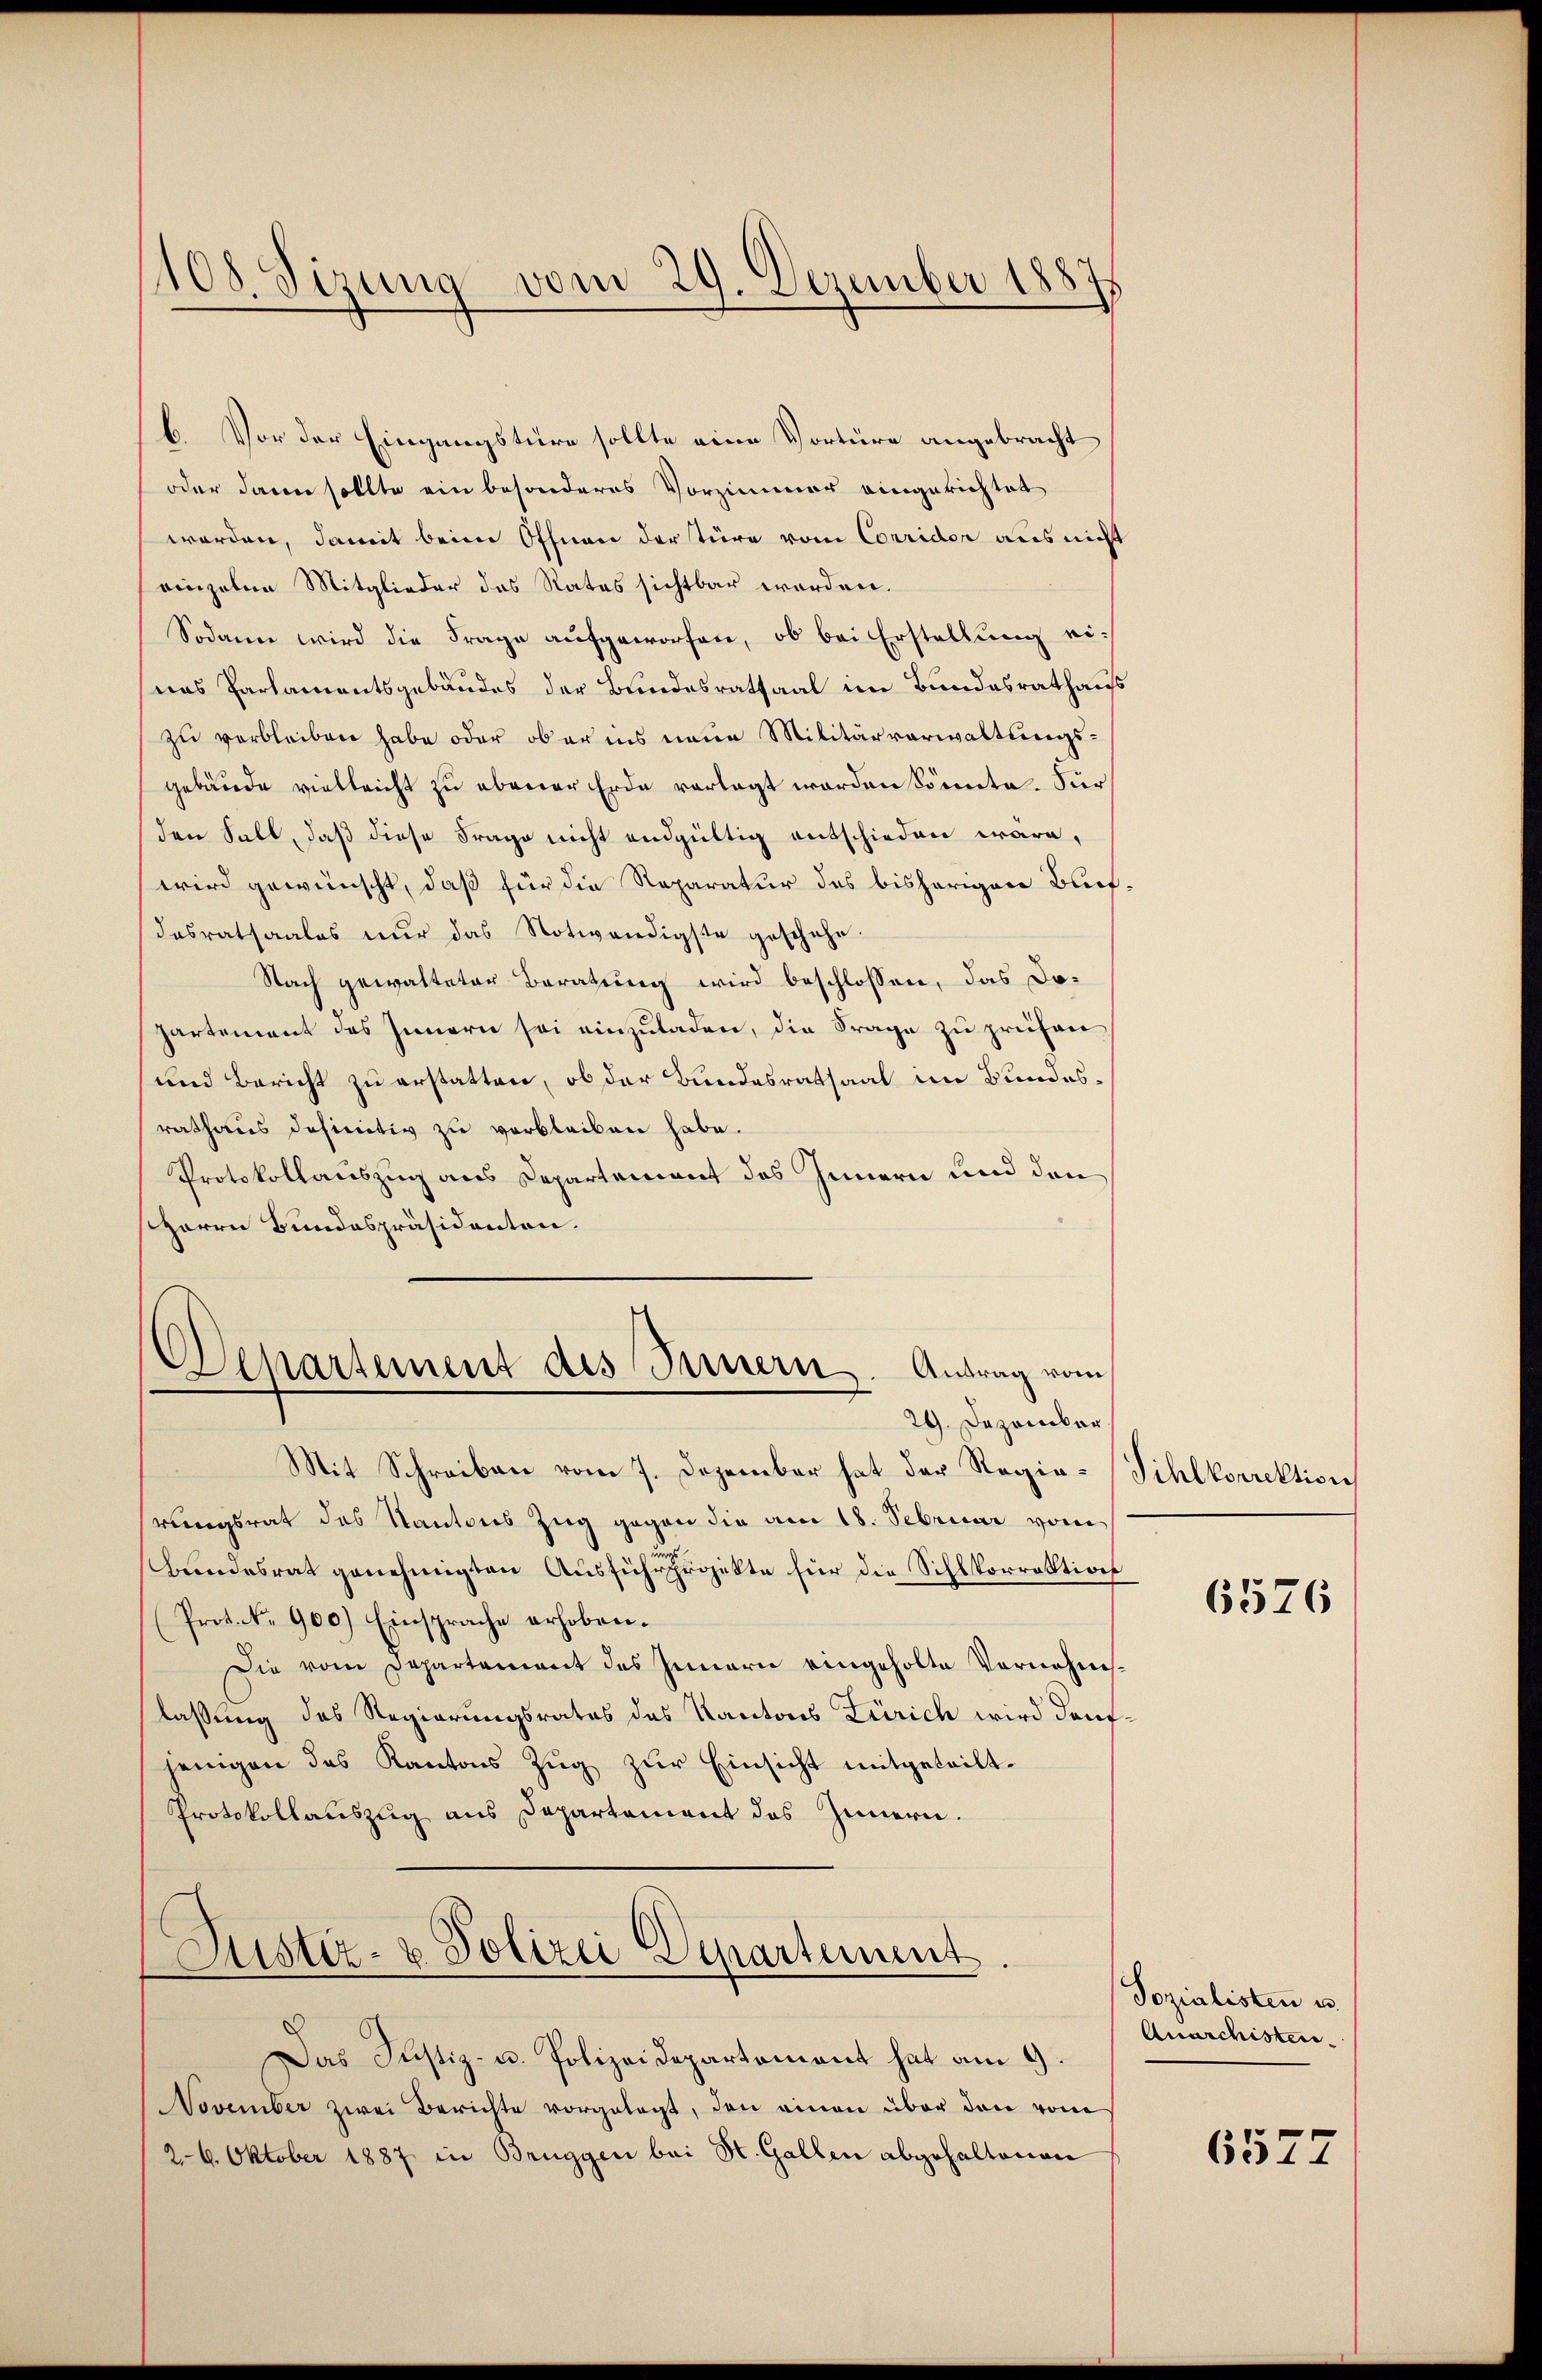
108. Sizung vom 29. Dezember 1887

b. Vor der Eingangstüre sollte eine Vortüre angebracht
oder dann sollte ein besonderes Vorzimmer eingerichtet
worden, damit beim Offnen derstüre vom Corridor aus nicht
einzelne Mitglieder des Rates sichtbar werden.
Sodann wird die Frage aufgeworfen, ob bei Erstellung einas Parlamentsgebäudes der Bundesratsaal im Bundesrathauss
zu verbleiben habe oder ob er ins neue Militärverwaltungsgebäude vielleicht zu ebener Erde vorlegt worden könnte. Für
den Fall, daß diese Frage nicht endgültig entschieden wäre,
wird gewünscht, daß für die Reparatur des bisherigen Blefdesratsaales nur das Notwendigste geschehe.
Nach gewalteter Beratung wird beschlossen, das Dopartement des Innern sei einzuladen, die Frage zu prüfen
und Bericht zu erstatten, ob der Bundesratsaal im Bundesrathaus definitiv zu verbleiben habe.
Protokollauszug aus Departement des Innern und den
HHerrn Bundespräsidenten.
Departement des Fernern. Antrag vom
29. Dezember
Mit Schreiben vom 7. Dezember hat der Regierungsrat des Kantons Zug gegen die am 18. Februar vom
Bundesrat genehmigten Ausführprojekte für die Sihlkorrektion
(Prot. N. 900.) Einsprache erhoben.
Die vom Departement des Innern eingeholte Vornahmslassung des Regierungsrates des Kantons Zürich wird danjenigen des Kantons Zug zur Einsicht mitgeteilt.
Protokollauszug aus Departement des Innern.
Justiz- & Polizei Departement
Das Justiz- u. Polizeidepartement hat am 9.
November zwei Berichte vorgelegt, den einen über den vom
26. Oktober 1887 in Bruggen bei St. Gallen abgehaltenen

Sihlkorrektion

6576

Sozialisten u.
Anarchisten.

6577